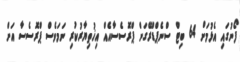
ފޯނުގައި އެޅުމަށް 64 ބިޓް ސްނެޕްޑްރޭގަން ޕްރޮސެސާއެއް އިޚުތިޔާރުކުރި ނަމަވެސް ޕްރޮސެސާ އަށް